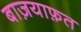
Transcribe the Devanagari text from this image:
बाज़याफ़त